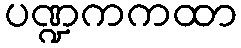
ပဏ္ဍကကထာ